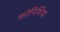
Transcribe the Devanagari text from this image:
फ़ोनिशिया